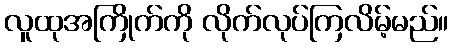
လူထုအကြိုက်ကို လိုက်လုပ်ကြလိမ့်မည်။